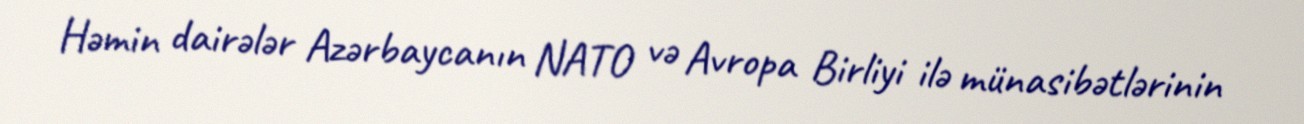
Həmin dairələr Azərbaycanın NATO və Avropa Birliyi ilə münasibətlərinin